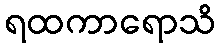
ရထကာရောသိ